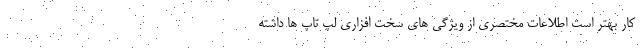
کار بهتر است اطلاعات مختصری از ویژگی های سخت افزاری لپ تاپ ها داشته